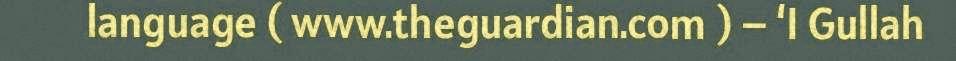
language ( www.theguardian.com ) – ‘I Gullah